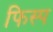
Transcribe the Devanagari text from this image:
फिस्प